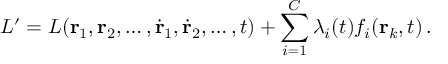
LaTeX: L ^ { \prime } = L ( \mathbf { r } _ { 1 } , \mathbf { r } _ { 2 } , \ldots , { \dot { \mathbf { r } } } _ { 1 } , { \dot { \mathbf { r } } } _ { 2 } , \ldots , t ) + \sum _ { i = 1 } ^ { C } \lambda _ { i } ( t ) f _ { i } ( \mathbf { r } _ { k } , t ) \, .